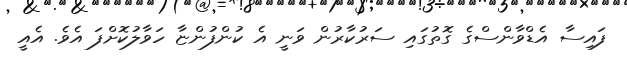
ފައިސާ އެޑްވާންސްގެ ގޮތުގައި ސަރުކާރުން ވަނީ އެ ކުންފުންޏާ ހަވާލުކޮށްފަ އެވެ. އެއީ